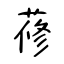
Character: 蓚